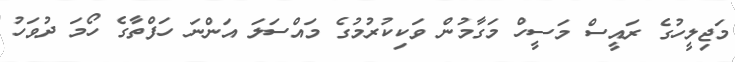
މަޖިލީހުގެ ރައީސް މަސީހް މަގާމުން ވަކިކުރުމުގެ މައްސަލަ އަންނަ ހަފްތާގެ ހޯމަ ދުވަހު